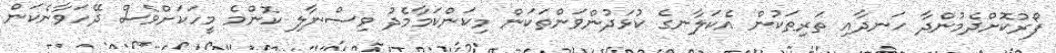
ފޯރުކޮށްދެމުންދާ ހަނދާއި ތަރިތަކުން އެކަލާނގެ ކުޅަދުންވަންތަކަން މިކަންކަމާމެދު ވިސްނާލި ކޮންމެ މީހަކަށްވެސް ދޭހަވާނެކަން